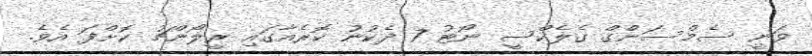
ވަނީ ސެމްސަންގް ގެލެކްސީ ނޯޓު 7 ދެކުނު ކޮރެއާގައި ރީލޯންޗު ކޮށްފަ އެވެ.